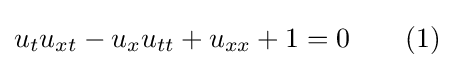
u_{t}u_{xt}-u_{x}u_{tt}+u_{xx}+1=0\qquad (1)